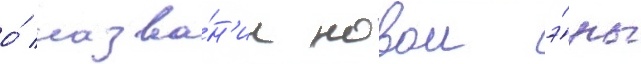
о́ назва́н'ии новои э́ры